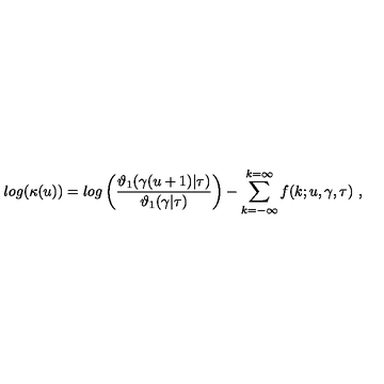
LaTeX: l o g ( \kappa ( u ) ) = l o g \left( { \frac { \vartheta _ { 1 } ( \gamma ( u + 1 ) | \tau ) } { \vartheta _ { 1 } ( \gamma | \tau ) } } \right) - \sum _ { k = - \infty } ^ { k = \infty } f ( k ; u , \gamma , \tau ) \ ,